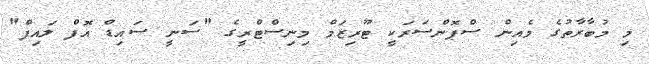
މި މުބާރާތުގެ މެއިން ސްޕޮންސަރަކީ ޓޫރިޒަމް މިނިސްޓްރީގެ "ސަނީ ސައިޑް އޮފް ލައިފް"